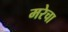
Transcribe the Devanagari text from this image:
मरेचा